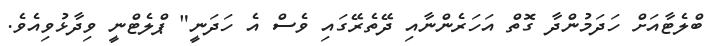
ބްލެޓާއަށް ހަދަމުންދާ ގޮތް އަހަރެންނާއި ދޭތެރޭގައި ވެސް އެ ހަދަނީ" ޕްލެޓްނީ ވިދާޅުވިއެވެ.